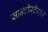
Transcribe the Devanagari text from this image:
साइटोस्टेरॉल